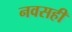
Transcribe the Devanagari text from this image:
नवसही